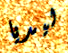
ليديا